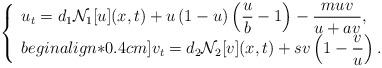
LaTeX: \begin{align*}\left\{\begin{array}{l}u_t=d_{1}\mathcal{N}_1[u](x,t)+u\left(1-u\right)\left(\displaystyle\frac{u}{b}-1\right)-\displaystyle \frac{muv}{u+av}, \\begin{align*}0.4cm]v_t=d_{2}\mathcal{N}_2[v](x,t)+s v\left(1-\displaystyle\frac{v}{u}\right).\end{array}\right.\end{align*}